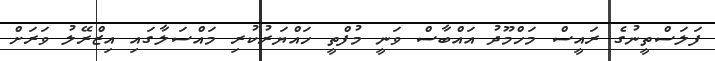
ފަލަސްތީނުގެ ރައީސް މަހްމޫދު އައްބާސް ވަނީ މުފްތީ ހައްޔަރުކުރި މައްސަލާގައި އިޒްރޭލު ވަރަށް